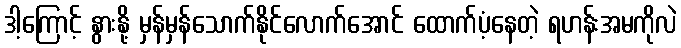
ဒါ့ကြောင့် နွားနို့ မှန်မှန်သောက်နိုင်လောက်အောင် ထောက်ပံ့နေတဲ့ ရဟန်းအမကိုလဲ